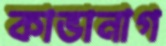
কাভানাগ